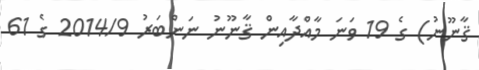
ޤާނޫނު) ގެ 19 ވަނަ މާއްދާއިން ޤާނޫނު ނަންބަރު 2014/9 ގެ 61